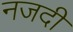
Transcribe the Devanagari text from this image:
नजदी